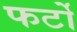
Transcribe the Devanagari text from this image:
फर्टो